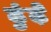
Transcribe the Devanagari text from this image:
ढुंढ़े